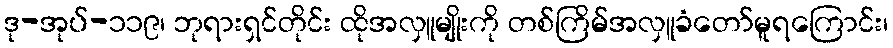
ဒု-အုပ်-၁၁၉၊ ဘုရားရှင်တိုင်း ထိုအလှူမျိုးကို တစ်ကြိမ်အလှူခံတော်မူရကြောင်း၊